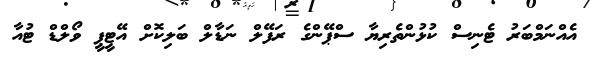
އެއްނަމްބަރު ޓެނިސް ކުޅުންތެރިޔާ ސްޕޭންގެ ރަފޭލް ނަޑާލް ބަލިކޮށް އޭޓީޕީ ވޯލްޑް ޓުއާ